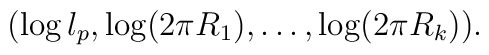
(\log l_p, \log (2\pi R_1), \dots, \log (2\pi R_k)).